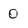
Character: 0